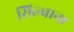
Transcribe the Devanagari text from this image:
सिल्वाना